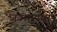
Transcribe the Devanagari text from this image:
जवसापासून